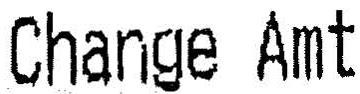
CHANGE AMT